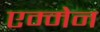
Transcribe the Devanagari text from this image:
एम्मेन